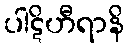
ပါဋိဟီရာနိ